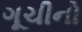
ગૂચીનો